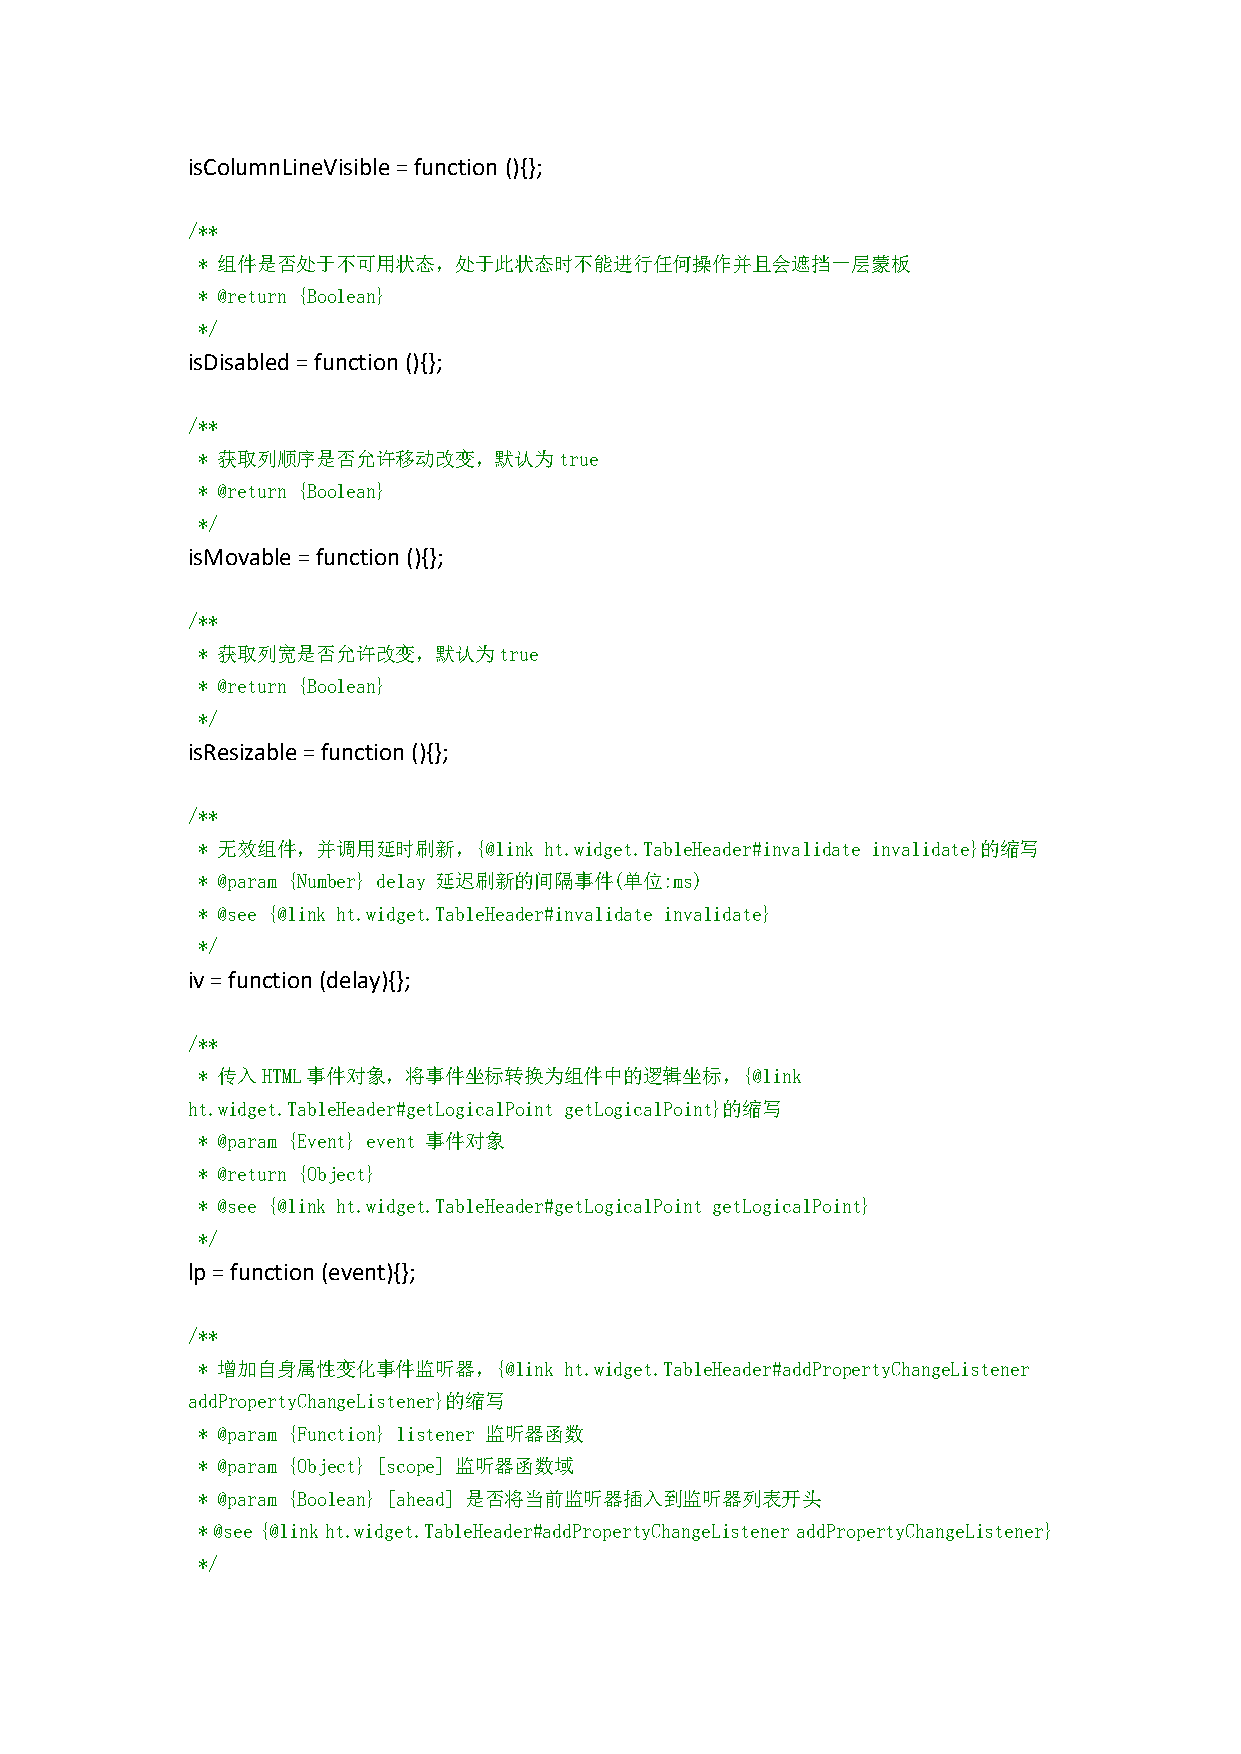
isColumnLineVisible=function (){};
 /**
 * 组件是否处于不可用状态，处于此状态时不能进行任何操作并且会遮挡一层蒙板
 * @return {Boolean}
 */
 isDisabled=function(){};
 /**
 * 获取列顺序是否允许移动改变，默认为true
 * @return {Boolean}
 */
 isMovable=function(){};
 /**
 * 获取列宽是否允许改变，默认为true
 * @return {Boolean}
 */
 isResizable=function(){};
 /**
 * 无效组件，并调用延时刷新，{@link  ht.widget.TableHeader#invalidate invalidate}的缩写
 * @param {Number} delay 延迟刷新的间隔事件(单位:ms)
 * @see {@link ht.widget.TableHeader#invalidate invalidate}
 */
 iv=function(delay){};
 /**
 * 传入HTML事件对象，将事件坐标转换为组件中的逻辑坐标，{@link
 ht.widget.TableHeader#getLogicalPoint getLogicalPoint}的缩写
 * @param {Event} event 事件对象
 * @return {Object}
 * @see {@link ht.widget.TableHeader#getLogicalPoint getLogicalPoint}
 */
 lp=function(event){};
 /**
 * 增加自身属性变化事件监听器，{@link  ht.widget.TableHeader#addPropertyChangeListener
 addPropertyChangeListener}的缩写
 * @param {Function} listener 监听器函数
 * @param {Object} [scope] 监听器函数域
 * @param {Boolean} [ahead] 是否将当前监听器插入到监听器列表开头
 *@see{@linkht.widget.TableHeader#addPropertyChangeListeneraddPropertyChangeListener}
 */